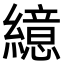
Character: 繶